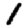
Digit: 1